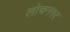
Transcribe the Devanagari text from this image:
लोचनगर